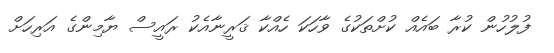
ފުލުހުން ކުރާ ބައެއް ކުށްތަކުގެ ވާހަކަ ހެއްކާ ޤަރީނާއެކު ރައީސް ޔާމިންގެ އަރިހަށް